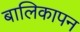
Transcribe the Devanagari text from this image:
बालिकापन